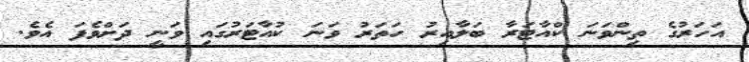
އަހަރުގެ ތިންވަނަ ކްއާޓަރާ ބަލާއިރު ހަތަރު ވަނަ ކުއާޓަރުގައި ވަނީ ދަށްވެފަ އެވެ.